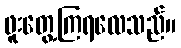
ဖူးတွေ့ကြရလေသည်။